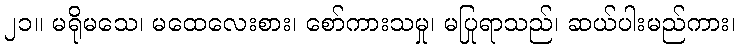
၂၁။ မရိုမသေ၊ မထေလေးစား၊ စော်ကားသမှု၊ မပြုရာသည်၊ ဆယ်ပါးမည်ကား၊